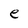
Character: e